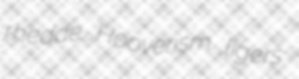
rhedae Hooverism ligers